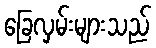
ခြေလှမ်းများသည်